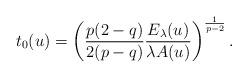
LaTeX: \begin{align*}t_0(u)=\left(\frac{p(2-q)}{2(p-q)} \frac{E_\lambda(u)}{\lambda A(u)}\right)^{\frac{1}{p-2}}.\end{align*}